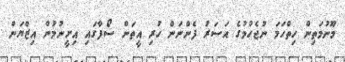
މޫނުމަތިން ހިތްހަމަ ނުޖެހުމުގެ އަސަރު ފެންނަން ހުރި އީތަން ސޯފާގައި އިށީނުމުން އިޒްޔަން